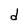
Character: d